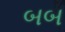
બબ